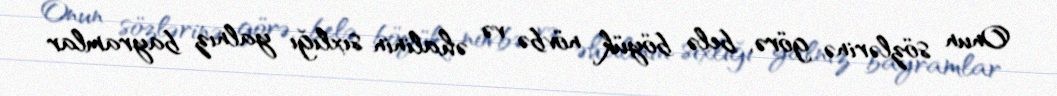
Onun sözlərinə görə, belə böyük növbə və əhalinin sıxlığı yalnız bayramlar